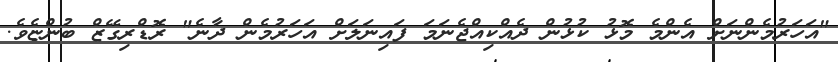
"އަހަރުމެންނަށް އެންމެ މޮޅު ކުޅުން ދެއްކިއްޖެނަމަ ފައިނަލަށް އަހަރުމެން ދާނެ" ރޮޑްރިގޭޒް ބުންޏެވެ.